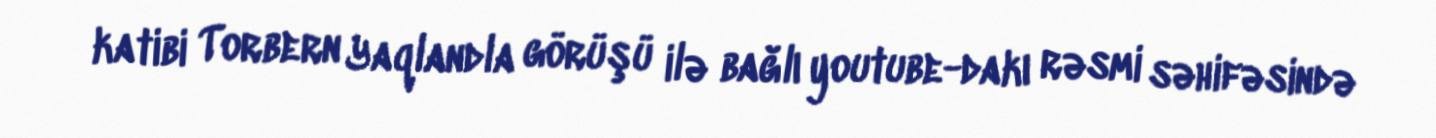
katibi Torbern Yaqlandla görüşü ilə bağlı youtube-dakı rəsmi səhifəsində